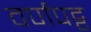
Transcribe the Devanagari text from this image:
वर्णपट्ट